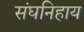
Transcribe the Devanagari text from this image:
संघनिहाय